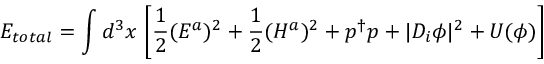
E _ { t o t a l } = \int d ^ { 3 } x \, \left[ \frac { 1 } { 2 } ( E ^ { a } ) ^ { 2 } + \frac { 1 } { 2 } ( H ^ { a } ) ^ { 2 } + p ^ { \dagger } p + | D _ { i } \phi | ^ { 2 } + U ( \phi ) \right]